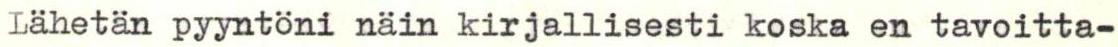
Lähetän pyyntöni näin kirjallisesti koska en tavoitta-